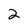
Character: 2